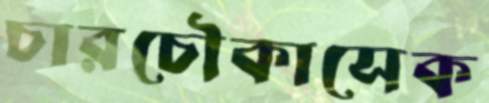
চারচৌকাসেক